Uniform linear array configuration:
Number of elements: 48
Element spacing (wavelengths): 0.25
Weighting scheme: hamming
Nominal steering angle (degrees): -60
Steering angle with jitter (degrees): -59.598
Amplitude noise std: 0.05
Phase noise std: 0.05

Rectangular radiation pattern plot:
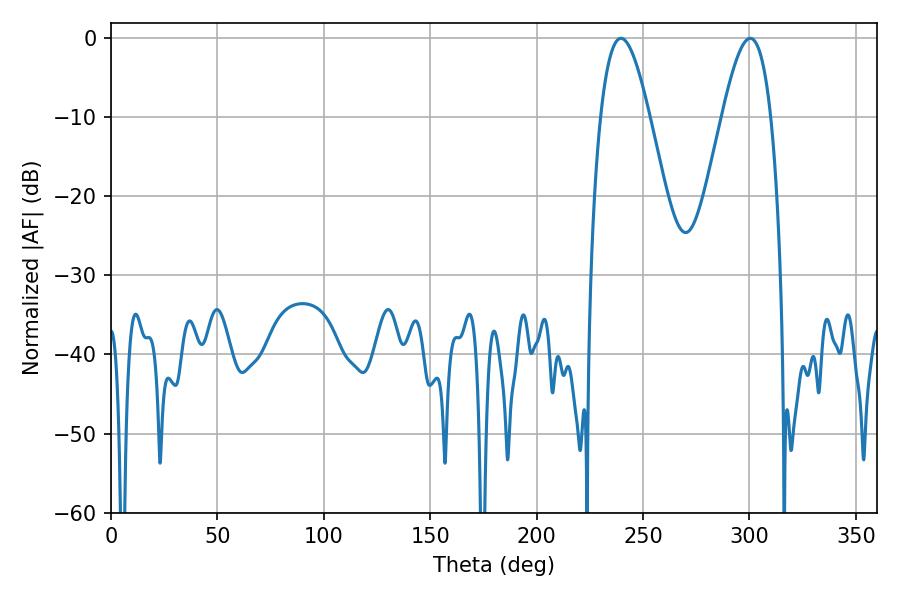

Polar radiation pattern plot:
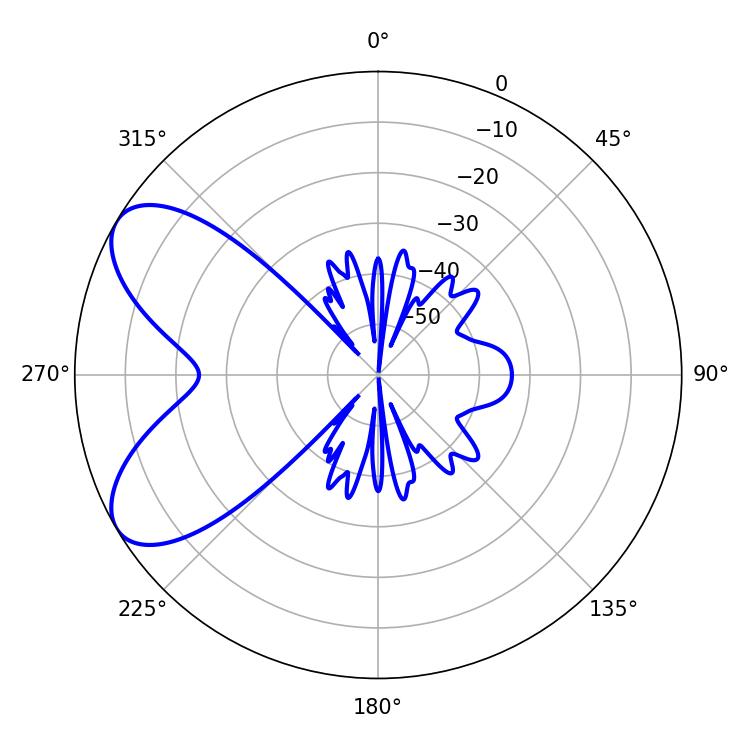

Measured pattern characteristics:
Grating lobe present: FALSE
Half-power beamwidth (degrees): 12.42
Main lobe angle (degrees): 239.58